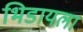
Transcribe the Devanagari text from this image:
भिडायला